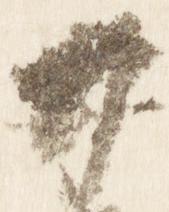
廿